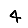
Digit: 4